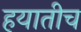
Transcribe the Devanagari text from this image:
हयातीच